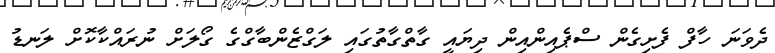
ދެވަނަ ހާފް ފެށިގެން ސްޕެއިންއިން ދިޔައީ ގާތްގާތުގައި ލަގްޒެންބާގްގެ ގޯލަށް ނުރައްކާކޮށް ލަނޑު